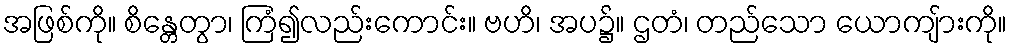
အဖြစ်ကို။ စိန္တေတွာ၊ ကြံ၍လည်းကောင်း။ ဗဟိ၊ အပ၌။ ဌတံ၊ တည်သော ယောကျ်ားကို။